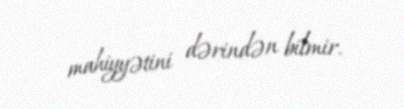
mahiyyətini dərindən bilmir.